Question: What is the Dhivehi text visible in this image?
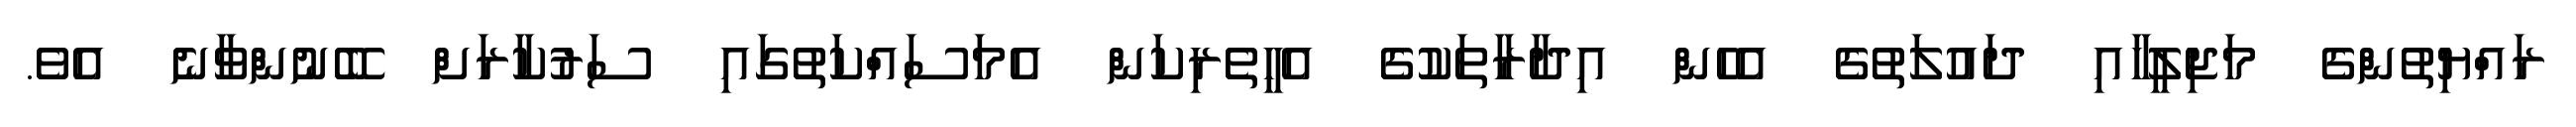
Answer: ރައްޔިތުންގެ މަޖިލީހާއި ދައުލަތުގެ އެހެން އިދާރާތަކުގެ އެހީތެރިކަން އެމަސައްކަތުގައި ސަރުކާރަށް ބޭނުންވާނެ އެވެ.